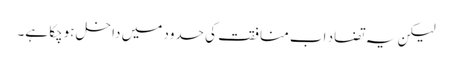
لیکن یہ تضاد اب منافقت کی حدود میں داخل ہوچکا ہے۔